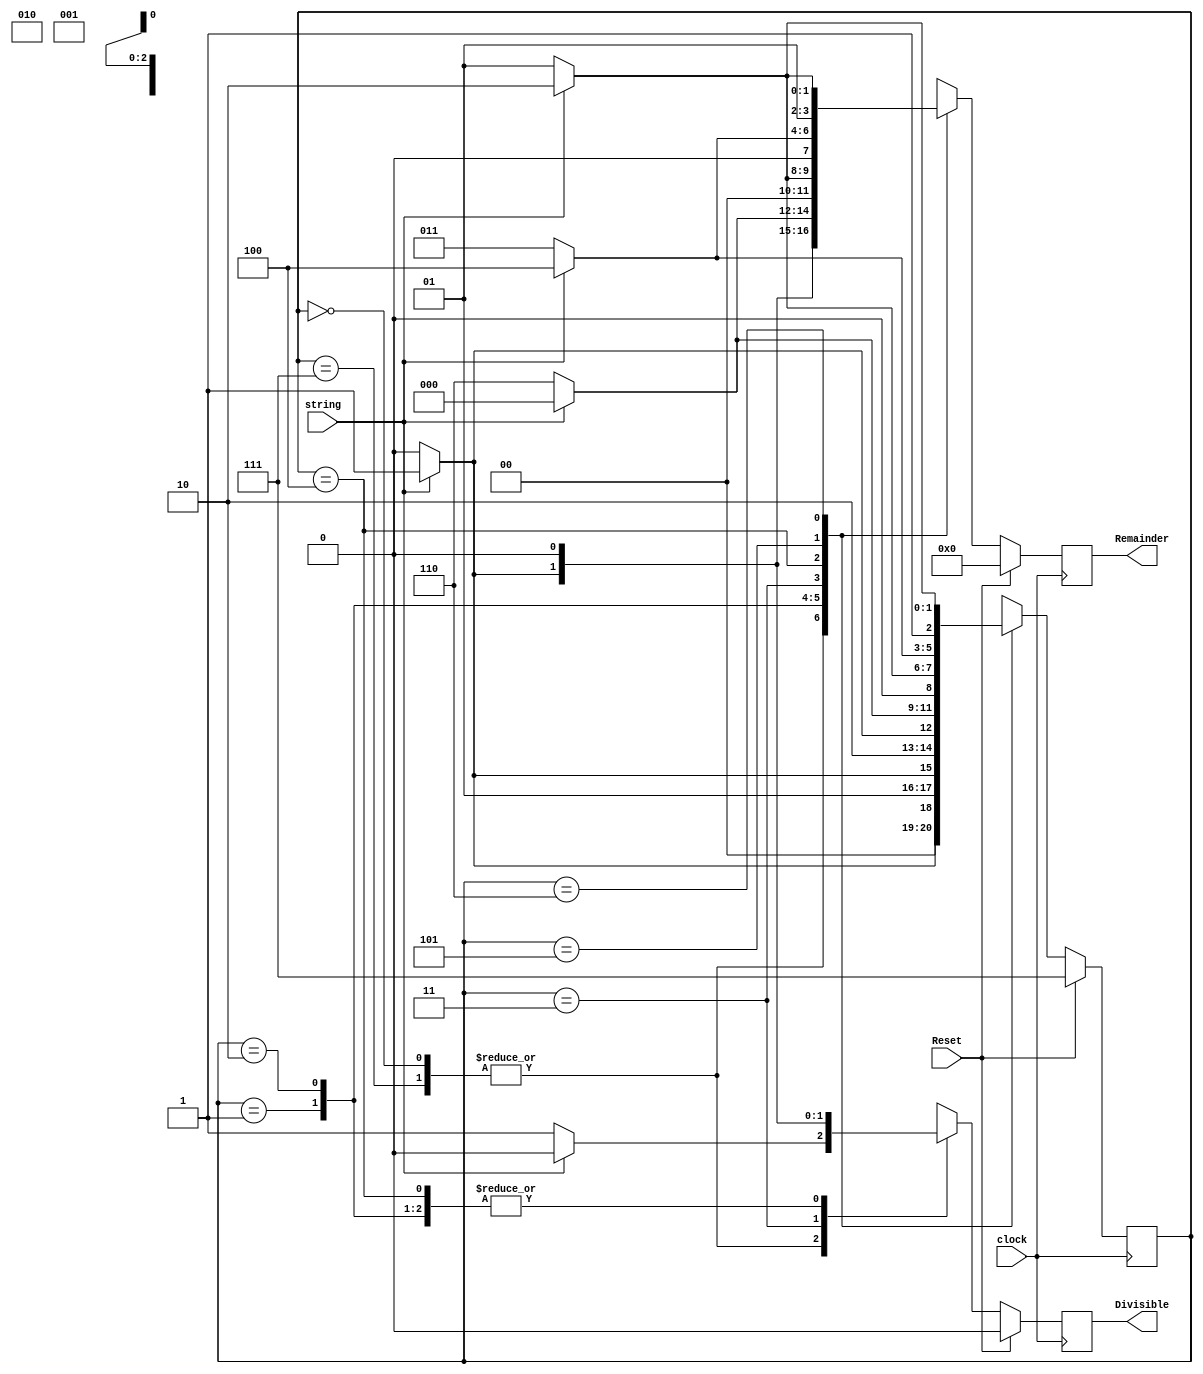
`timescale 1ns / 1ps
//////////////////////////////////////////////////////////////////////////////////
// Company: 
// Engineer: 
// 
// Design Name: 
// Module Name:    Q4 
// Project Name: 
// Target Devices: 
// Tool versions: 
// Description: 
//
// Dependencies: 
//
// Revision: 
// Revision 0.01 - File Created
// Additional Comments: 
//
//////////////////////////////////////////////////////////////////////////////////
module Q4(
    input string,
    input clock,
    input Reset,
    output reg [3:0] Remainder,
    output reg Divisible
    );
parameter [2:0] s0=3'b111, s1=3'b000, s2=3'b001, s3=3'b010, s4=3'b011, s5=3'b100, s6=3'b101, s7=3'b110;
reg [2:0] current;

always @(posedge clock) begin
if (Reset)begin 
current <= s0;
Remainder <= 3'b000;
Divisible <= 0;
end 
else
case (current)
s0: if (string)begin 
current <= s2;
Remainder <= 3'b001;
Divisible <= 0;
end 
else 
begin
current <= s1;
Remainder <= 3'b000;
Divisible <= 1;
end

s1: if (string) 
begin 
current <= s2; 
Remainder <= 3'b001;
Divisible <= 0;
end
else
begin
current <= s1;
Remainder <= 3'b000;
Divisible <= 1;
end

s2: if (string)
begin
current <= s4;
Remainder <= 3'b011;
Divisible <= 0;
end
else
begin 
current <= s3;
Remainder <= 3'b010;
Divisible <= 0;
end

s3: if (string)
begin 
current <= s6;
Remainder <= 3'b101;
Divisible <= 0;
end 
else
begin 
current <= s5;
Remainder <= 3'b100;
Divisible <= 0;
end

s4: if (string)
begin 
current <= s1;
Remainder <= 3'b000;
Divisible <= 1;
end
else
begin 
current <= s7;
Remainder <= 3'b110;
Divisible <= 0;
end

s5: if (string)
begin 
current <= s3;
Remainder <= 3'b010;
Divisible <= 0;
end
else 
begin
current <= s2;
Remainder <= 3'b001;
Divisible <= 0;
end
s6: if (string) 
begin 
current <= s5;
Remainder <= 3'b100;
Divisible <= 0;
end
else
begin 
current <= s4;
Remainder <= 3'b011;
Divisible <= 0;
end
s7: if (string) 
begin 
current <= s7;
Remainder <= 3'b110;
Divisible <= 0;
end 
else 
begin
current <= s6;
Remainder <= 3'b101;
Divisible <= 0;
end
endcase
end

endmodule